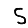
Digit: 5